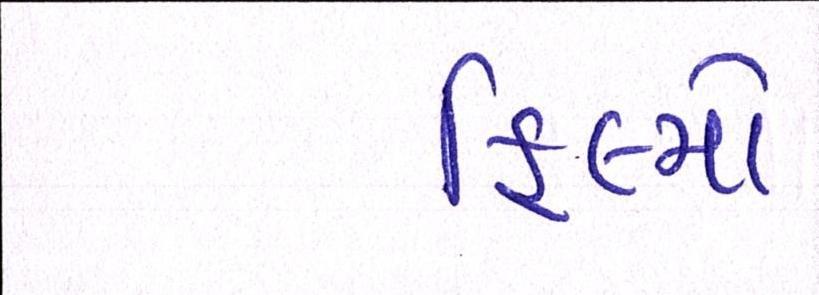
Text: ફિલ્મો